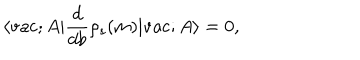
LaTeX: \langle \mathrm { v a c } ; A | \frac { d } { d b } \rho _ { s } ( m ) | \mathrm { v a c } ; A \rangle = 0 ,